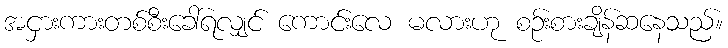
အငှားကားတစ်စီးခေါ်ရလျှင် ကောင်းလေ မလားဟု စဉ်းစားချိန်ဆနေသည်။